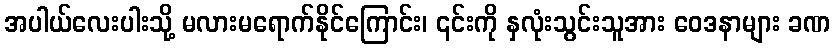
အပါယ်လေးပါးသို့ မလားမရောက်နိုင်ကြောင်း၊ ၎င်းကို နှလုံးသွင်းသူအား ဝေဒနာများ ခဏ